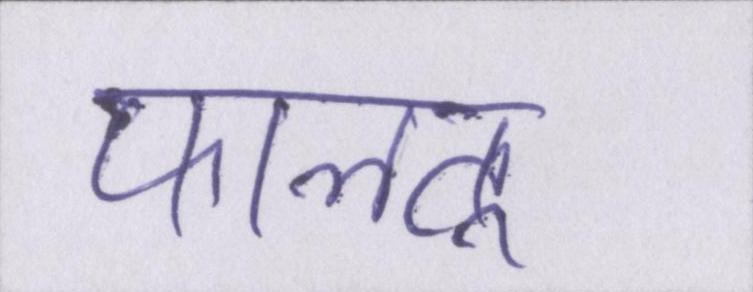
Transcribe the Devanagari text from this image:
फालतू